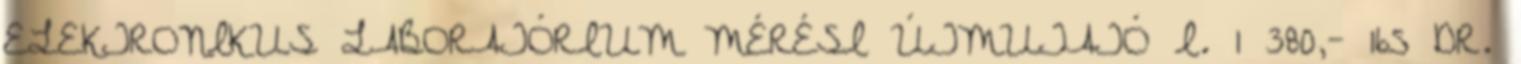
ELEKTRONIKUS LABORATÓRIUM MÉRÉSI ÚTMUTATÓ I. 1 380,- 165 DR.